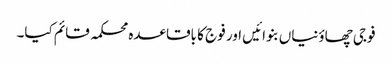
فوجی چھاؤنیاں بنوائیں اور فوج کا باقاعدہ محکمہ قائم کیا۔